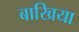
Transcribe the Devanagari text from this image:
बाखिया